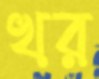
খর